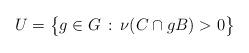
LaTeX: \begin{align*}U = \big\{ g \in G \, : \, \nu(C \cap gB) > 0 \big\} \end{align*}